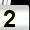
Digit: 2